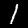
Digit: 1